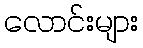
လောင်းများ